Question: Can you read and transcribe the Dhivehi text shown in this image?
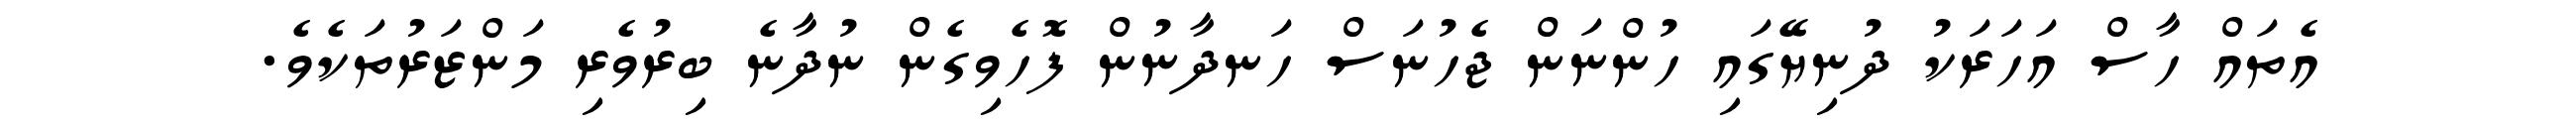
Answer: އެތައް ހާސް އަހަރަކު ދުނިޔޭގައި ހުންނަން ޖެހުނަސް ހަނދާނުން ފޮހެވިގެން ނުދާނެ ބިރުވެރި މަންޒަރުތަކެވެ.